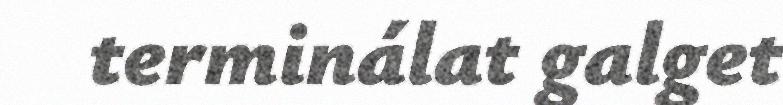
terminálat galget